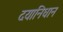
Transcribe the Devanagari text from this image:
दयानिधान